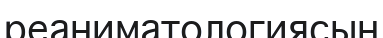
реаниматологиясын